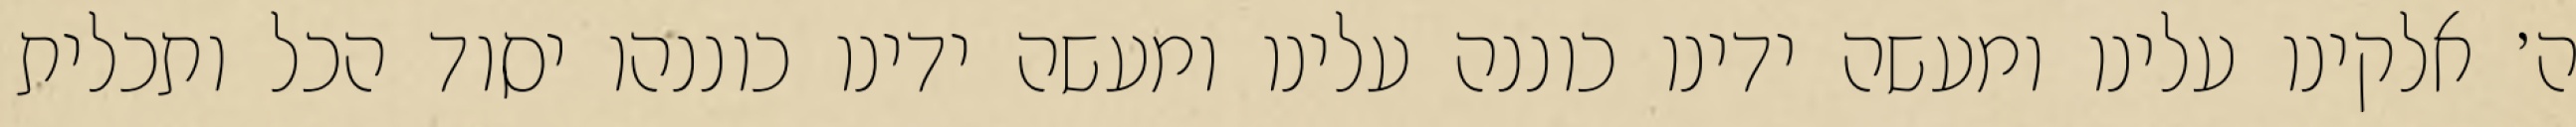
ה׳ אלקינו עלינו ומעשה ידינו כוננה עלינו ומעשה ידינו כוננהו יסוד הכל ותכלית